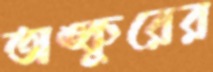
অঙ্কুরের